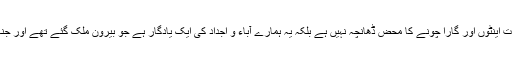
وزیر خارجہ سشما سوراج نے کہا کہ یہ عمارت اینٹوں اور گارا چونے کا محض ڈھانچہ نہیں ہے بلکہ یہ ہمارے آباء و اجداد کی ایک یادگار ہے جو بیرون ملک گئے تھے اور جنہوں نے ملک کی تعمیر میں کردار ادا کیا ہے ۔